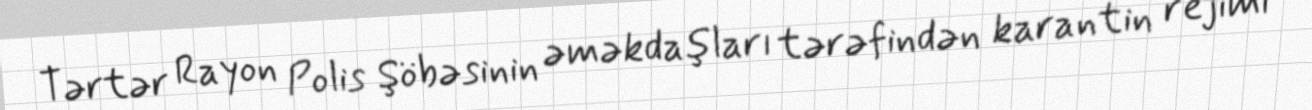
Tərtər Rayon Polis Şöbəsinin əməkdaşları tərəfindən karantin rejimi